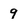
Character: 9